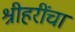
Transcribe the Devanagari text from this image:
श्रीहरींचा